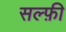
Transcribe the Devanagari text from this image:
सल्फ़ी